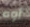
أوه